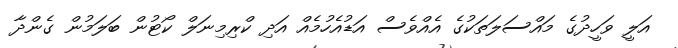
އަލީ ވަހީދުގެ މައްސަލަތަކުގެ އެއްވެސް އަޑުއެހުމެއް އަދި ކްރިމިނަލް ކޯޓުން ބަލަމުން ގެންދާ